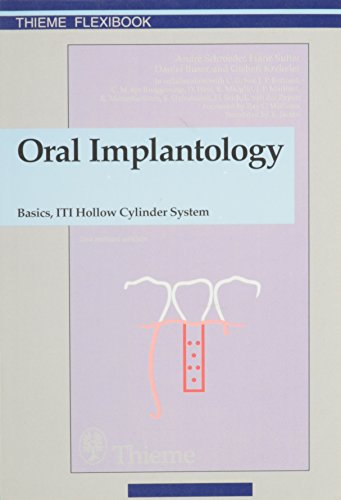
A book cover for Oral Implantology: Basics, Iti Hollow Cylinder System (Thieme Flexibook); Franz Sutter; Medical Books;